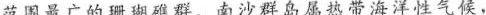
范围最广的珊瑚礁群。南沙群岛属热带海洋性气候，